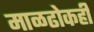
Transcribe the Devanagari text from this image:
माळढोकही